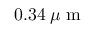
0 . 3 4 \: \mu \mathrm { ~ m ~ }